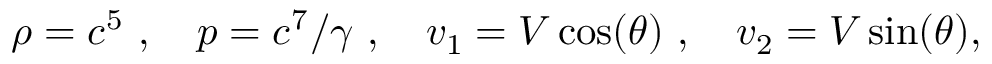
\rho = c ^ { 5 } \ , \quad p = c ^ { 7 } / \gamma \ , \quad v _ { 1 } = V \cos ( \theta ) \ , \quad v _ { 2 } = V \sin ( \theta ) ,